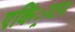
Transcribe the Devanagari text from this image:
एकिं्रग्टन